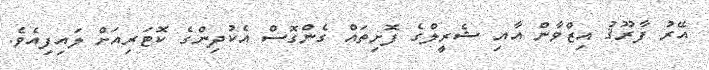
އޭރު ފާރޫޤު އިޒްވާން އާއި ޝެރީލްގެ ފޮށިތައް ގެންގޮސް އެކުދިންގެ ކޮޓަރިއަށް ލައިފިއެވެ.